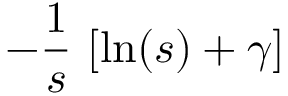
- { \frac { 1 } { s } } \, \left[ \ln ( s ) + \gamma \right]